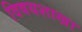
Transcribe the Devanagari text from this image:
विषयशाखा